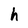
Character: h